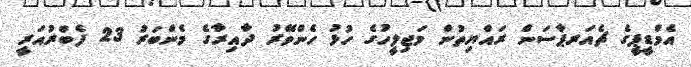
އެމްޑީޕީގެ ޗެއަރޕާސަން ރައްޔިތުން މަޖިލީހުގެ ހުޅު ހެންވޭރު ދާއިރާގެ މެންބަރު 23 ފެބްރުއަރީ